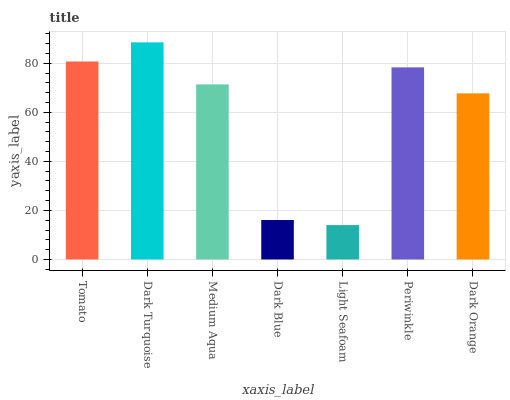
| xaxis_label | bars |
 | --- | --- |
 | Tomato | 80.7 |
 | Dark Turquoise | 88.5 |
 | Medium Aqua | 71.4 |
 | Dark Blue | 16.1 |
 | Light Seafoam | 14 |
 | Periwinkle | 78.3 |
 | Dark Orange | 67.7 |